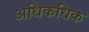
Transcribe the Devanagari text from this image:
अधिकधिक